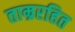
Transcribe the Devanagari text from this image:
ताम्ररहित